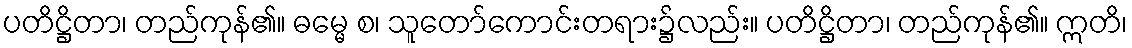
ပတိဋ္ဌိတာ၊ တည်ကုန်၏။ ဓမ္မေ စ၊ သူတော်ကောင်းတရား၌လည်း။ ပတိဋ္ဌိတာ၊ တည်ကုန်၏။ ဣတိ၊